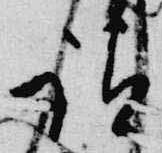
請